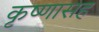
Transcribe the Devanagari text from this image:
कृष्णासह